Report of the Lahore Medical School Hospital
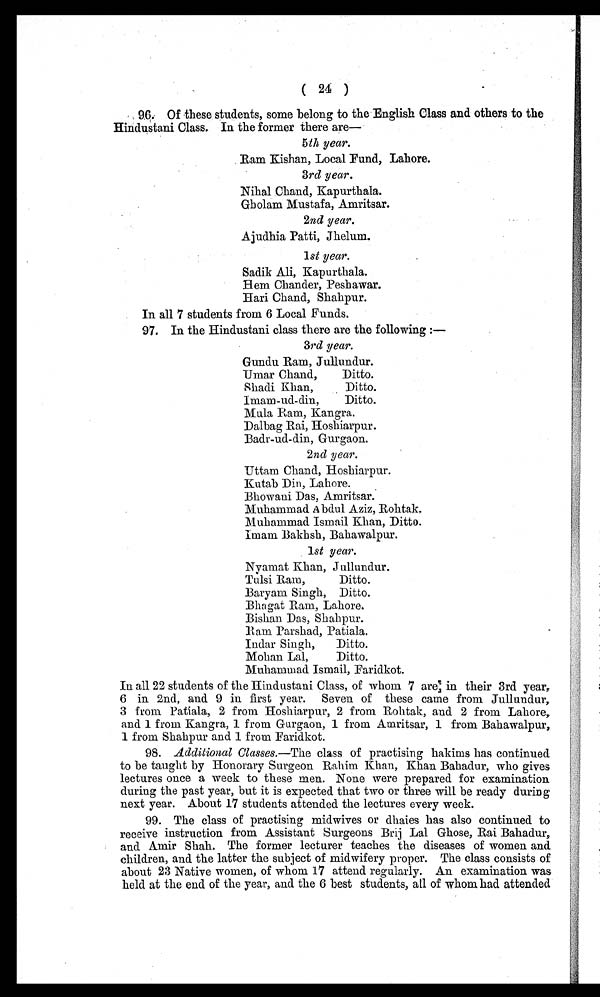
(24)
96. Of these students, some belong to the English Class and others to the
Hindustani Class. In the former there are
—
5th year.
Ram Kishan, Local Fund, Lahore.
3rd year.
Nihal Chand, Kapurthala.
Gholam Mustafa, Amritsar.
2nd year.
Ajudhia Patti, Jhelum.
1st year.
Sadik Ali, Kapurthala.
Hem Chander, Peshawar.
H a r i C h a n d , S h a h p u r .
In all 7 students from 6 Local Funds.
97. In the Hindustani class there are the following:—
3rd year.
Gundu Ram, Jullundur.
U m a r C h a n d ,
D i t t o .
Shadi Khan,
Ditto.
Imam-ud-din,
Ditto.
Mula Ram, Kangra.
Dalbag Rai, Hoshiarpur.
Badr-ud-din, Gurgaon.
2nd year.
Uttam Chand, Hoshiarpur.
Kutab Din, Lahore.
Bhowani Das, Amritsar.
Muhammad Abdul Aziz, Rohtak.
Muhammad Ismail Khan, Ditto,
Imam Bakhsh, Bahawalpur.
1st year.
Nyamat Khan, Jullundur.
Tulsi Ram,
Ditto.
Baryam Singh, Ditto.
Bhagat Ram, Lahore.
Bishan Das, Shahpur.
R a m P a r s h a d , P a t i a l a .
Indar Singh,
Ditto.
Mohan Lal,
Ditto.
Muhammad Ismail, Faridkot.
In all 22 students of the Hindustani Class, of whom 7 are in their 3rd year,
6 in 2nd, and 9 in first year. Seven of these came from Jullundur,
3 from Patiala, 2 from Hoshiarpur, 2 from Rohtak, and 2 from Lahore,
and 1 from Kangra, 1 from Gurgaon, 1 from Amritsar, 1 from Bahawalpur,
1 from Shahpur and 1 from Faridkot.
98. Additional Classes .—The class of practising hakims has continued
to be taught by Honorary Surgeon Rahim Khan, Khan Bahadur, who gives
lectures once a week to these men. None were prepared for examination
during the past year, but it is expected that two or three will be ready during
next year. About 17 students attended the lectures every week.
99. The class of practising midwives or dhaies has also continued to
receive instruction from Assistant Surgeons Brij Lal Ghose, Rai Bahadur,
and Amir Shah. The former lecturer teaches the diseases of women and
children, and the latter the subject of midwifery proper. The class consists of
about 23 Native women, of whom 17 attend regularly. An examination was
held at the end of the year, and the 6 best students, all of whom had attended